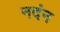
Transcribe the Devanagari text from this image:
नदंन